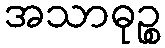
အသာဓုဉ္စ